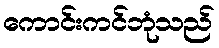
ကောင်းကင်ဘုံသည်